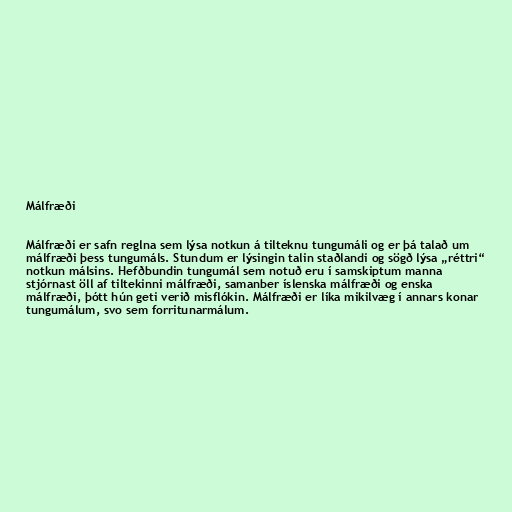
Málfræði

Málfræði er safn reglna sem lýsa notkun á tilteknu tungumáli og er þá talað um
málfræði þess tungumáls. Stundum er lýsingin talin staðlandi og sögð lýsa „réttri“
notkun málsins. Hefðbundin tungumál sem notuð eru í samskiptum manna
stjórnast öll af tiltekinni málfræði, samanber íslenska málfræði og enska
málfræði, þótt hún geti verið misflókin. Málfræði er líka mikilvæg í annars konar
tungumálum, svo sem forritunarmálum.